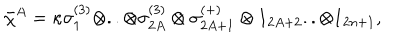
LaTeX: \bar { \chi } ^ { A } = \kappa \sigma _ { 1 } ^ { ( 3 ) } \otimes . . \otimes \sigma _ { 2 A } ^ { ( 3 ) } \otimes \sigma _ { 2 A + 1 } ^ { ( + ) } \otimes 1 _ { 2 A + 2 } . . \otimes 1 _ { 2 n + 1 } ,